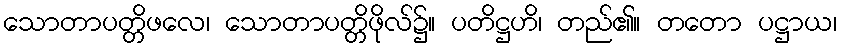
သောတာပတ္တိဖလေ၊ သောတာပတ္တိဖိုလ်၌။ ပတိဋ္ဌဟိ၊ တည်၏။ တတော ပဋ္ဌာယ၊